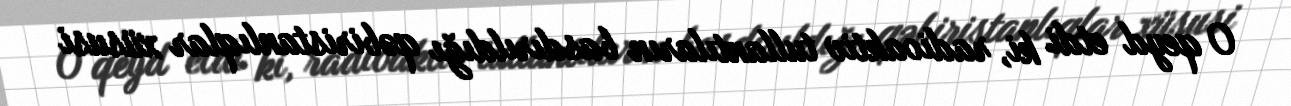
O qeyd etdi ki, radioaktiv tullantıların basdırıldığı qəbiristanlıqlar xüsusi